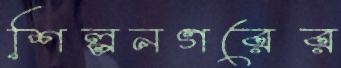
শিল্পনগরের